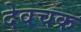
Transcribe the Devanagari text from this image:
देवचक्र